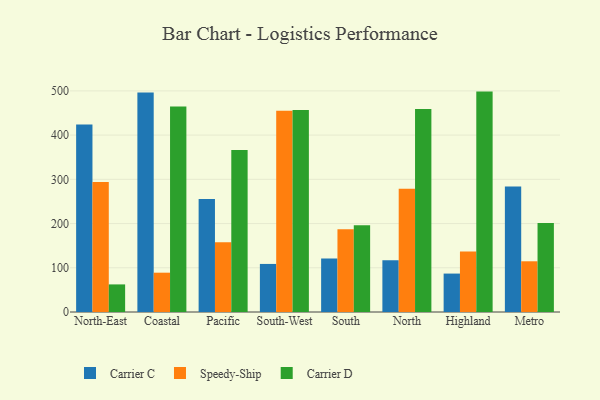
{"axis": {"x": "Region", "y": "Page Views"}, "legend": ["Carrier C", "Carrier D", "Speedy-Ship"], "data": [{"x": "North-East", "y": 424.1, "type": "Carrier C"}, {"x": "North-East", "y": 294.0, "type": "Speedy-Ship"}, {"x": "North-East", "y": 62.4, "type": "Carrier D"}, {"x": "Coastal", "y": 496.6, "type": "Carrier C"}, {"x": "Coastal", "y": 88.9, "type": "Speedy-Ship"}, {"x": "Coastal", "y": 464.8, "type": "Carrier D"}, {"x": "Pacific", "y": 255.4, "type": "Carrier C"}, {"x": "Pacific", "y": 157.8, "type": "Speedy-Ship"}, {"x": "Pacific", "y": 366.4, "type": "Carrier D"}, {"x": "South-West", "y": 108.7, "type": "Carrier C"}, {"x": "South-West", "y": 455.0, "type": "Speedy-Ship"}, {"x": "South-West", "y": 456.7, "type": "Carrier D"}, {"x": "South", "y": 121.1, "type": "Carrier C"}, {"x": "South", "y": 187.2, "type": "Speedy-Ship"}, {"x": "South", "y": 196.4, "type": "Carrier D"}, {"x": "North", "y": 116.8, "type": "Carrier C"}, {"x": "North", "y": 278.6, "type": "Speedy-Ship"}, {"x": "North", "y": 459.3, "type": "Carrier D"}, {"x": "Highland", "y": 86.9, "type": "Carrier C"}, {"x": "Highland", "y": 136.9, "type": "Speedy-Ship"}, {"x": "Highland", "y": 498.4, "type": "Carrier D"}, {"x": "Metro", "y": 284.0, "type": "Carrier C"}, {"x": "Metro", "y": 114.7, "type": "Speedy-Ship"}, {"x": "Metro", "y": 201.3, "type": "Carrier D"}]}